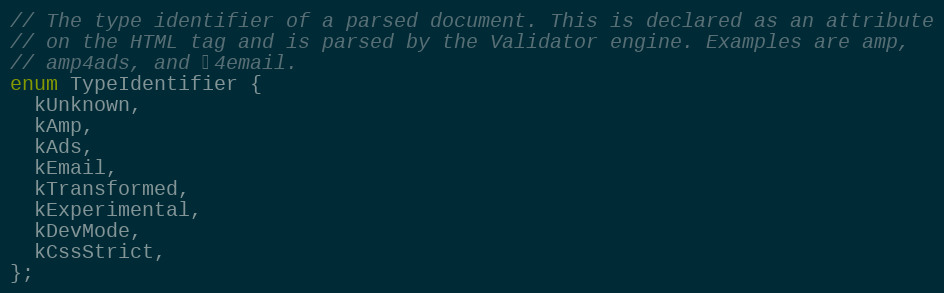
Language: C
// The type identifier of a parsed document. This is declared as an attribute
// on the HTML tag and is parsed by the Validator engine. Examples are amp,
// amp4ads, and ⚡4email.
enum TypeIdentifier {
  kUnknown,
  kAmp,
  kAds,
  kEmail,
  kTransformed,
  kExperimental,
  kDevMode,
  kCssStrict,
};